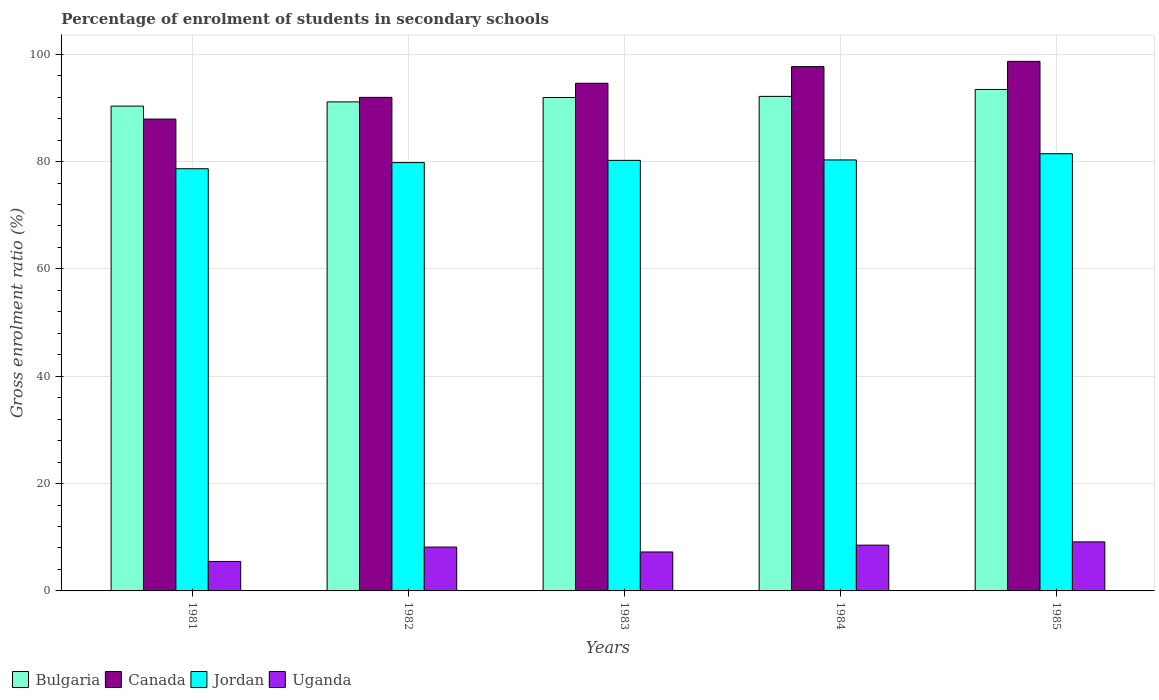
| Years | Bulgaria | Canada | Jordan | Uganda |
 | --- | --- | --- | --- | --- |
 | 1981 | 90.3 | 87.9 | 78.7 | 5.49 |
 | 1982 | 91.1 | 92 | 79.8 | 8.17 |
 | 1983 | 91.9 | 94.6 | 80.2 | 7.26 |
 | 1984 | 92.1 | 97.7 | 80.3 | 8.53 |
 | 1985 | 93.4 | 98.7 | 81.5 | 9.13 |